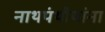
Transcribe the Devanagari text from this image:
नाथपंथीयांना